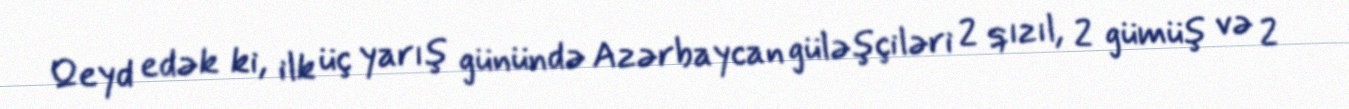
Qeyd edək ki, ilk üç yarış günündə Azərbaycan güləşçiləri 2 qızıl, 2 gümüş və 2